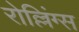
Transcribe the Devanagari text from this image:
रोल्लिंग्स